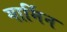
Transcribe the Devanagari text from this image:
गार्मिन